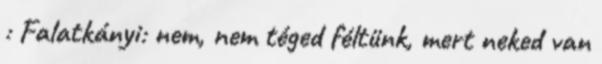
: Falatkányi: nem, nem téged féltünk, mert neked van